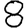
Digit: 8